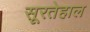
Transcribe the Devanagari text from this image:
सूरतेहाल